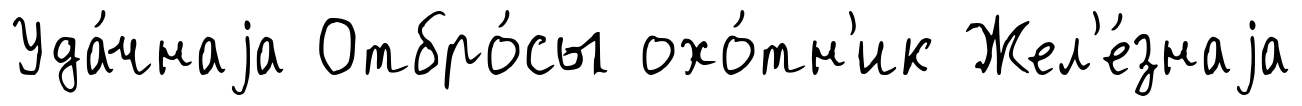
Уда́чнаjа Отбро́сы охо́тн'ик Жел'е́знаjа